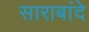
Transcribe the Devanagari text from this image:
साराबांदे